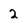
Character: 2